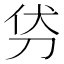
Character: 𭃜